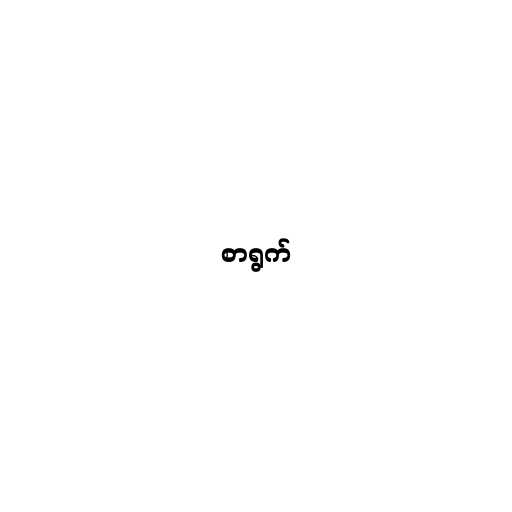
စာရွက်